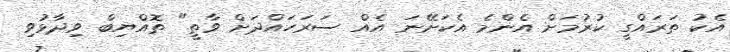
އެކު ތަރައްގީ ކުރުމަށް އެންމެ އެކަށޭނަ އެއް ސަރަހައްދަށް ވާތީ" ތޮއްޔިބް ވިދާޅުވި